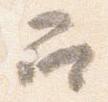
召